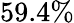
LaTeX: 59.4\%